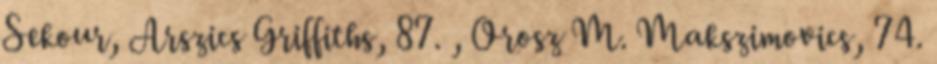
Sekour, Arszics Griffiths, 87. , Orosz M. Makszimovics, 74.